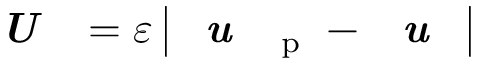
\textbf { \textit { U } } = \varepsilon \left| \textbf { \textit { u } } _ { \mathrm { ~ p ~ } } - \textbf { \textit { u } } \right|